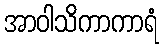
အာဝါသိကာကာရံ